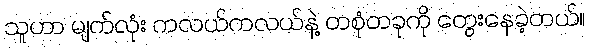
သူဟာ မျက်လုံး ကလယ်ကလယ်နဲ့ တစုံတခုကို တွေးနေခဲ့တယ်။